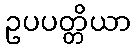
ဥပပတ္တိယာ